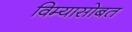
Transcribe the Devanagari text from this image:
विम्यासोबत